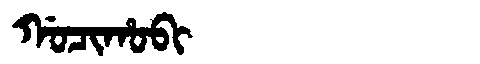
Manchu: ᡤᠣᠴᡳᡥᠣᠪᡳ
Romanization: GOCIHOBI